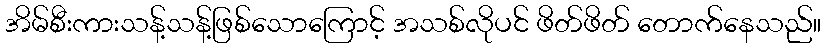
အိမ်စီးကားသန့်သန့်ဖြစ်သောကြောင့် အသစ်လိုပင် ဖိတ်ဖိတ် တောက်နေသည်။